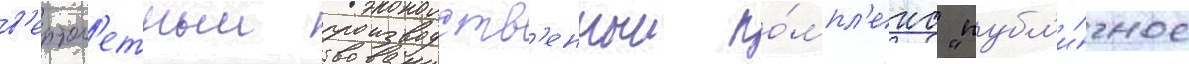
в'ертол'етныи производств'енныи ко́мпл'екс "публ'и́чное